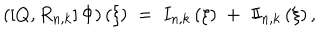
\left( \left[ Q , R _ { n , k } \right] \Phi \right) \left( \xi \right) \; = \; I _ { n , k } \left( \xi \right) \; + \; I \! \! I _ { n , k } \left( \xi \right) ,